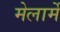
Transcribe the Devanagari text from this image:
मेलार्मे